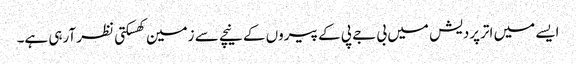
ایسے میں اترپردیش میں بی جے پی کے پیروں کے نیچے سے زمین کھسکتی نظر آرہی ہے۔